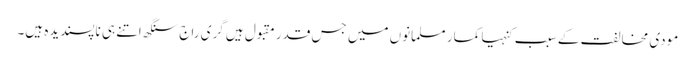
مودی مخالفت کے سبب کنہیا کمار مسلمانوں میں جس قدر مقبول ہیں گری راج سنگھ اتنے ہی ناپسندیدہ ہیں۔